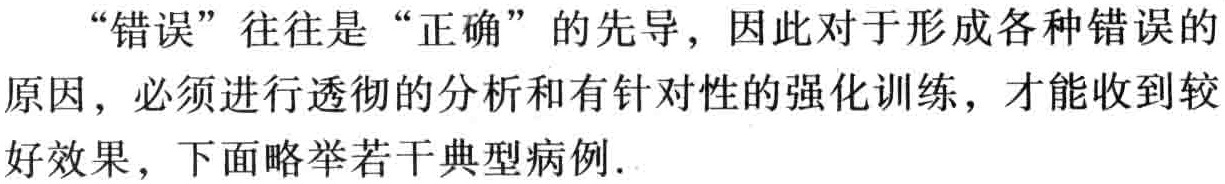
“错误”往往是“正确”的先导, 因此对于形成各种错误的原因, 必须进行透彻的分析和有针对性的强化训练, 才能收到较好效果, 下面略举若干典型病例.